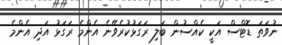
ނުވަތަ ޑޮޓްސް އަކީ ކެއްސުން ބަލި ރަގަޅުކުރެވޭނެ އެންމެ ރަގަޅު އަދި އެންމެ